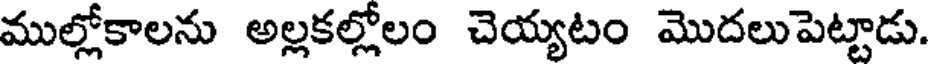
ముల్లోకాలను అల్లకల్లోలం చెయ్యటం మొదలుపెట్టాడు.